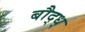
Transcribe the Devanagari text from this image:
बौद्ध्